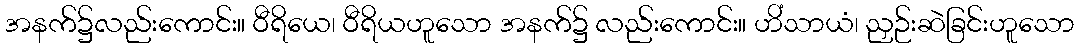
အနက်၌လည်းကောင်း။ ဝီရိယေ၊ ဝီရိယဟူသော အနက်၌ လည်းကောင်း။ ဟိံသာယံ၊ ညှဉ်းဆဲခြင်းဟူသော